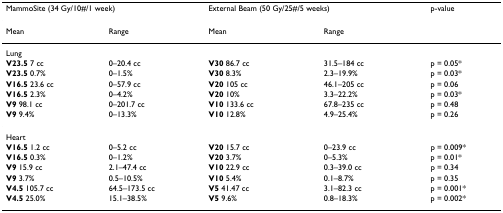
<table><thead><tr><td colspan="2"><b>MammoSite (34 Gy/10#/1 week)</b></td><td colspan="2"><b>External Beam (50 Gy/25#/5 weeks)</b></td><td><b>p-value</b></td></tr></thead><tbody><tr><td>Mean</td><td>Range</td><td>Mean</td><td>Range</td><td></td></tr><tr><td>Lung</td><td></td><td></td><td></td><td></td></tr><tr><td><b>V23.5 </b>7 cc</td><td>0–20.4 cc</td><td><b>V30 </b>86.7 cc</td><td>31.5–184 cc</td><td>p = 0.05*</td></tr><tr><td><b>V23.5 </b>0.7%</td><td>0–1.5%</td><td><b>V30 </b>8.3%</td><td>2.3–19.9%</td><td>p = 0.03*</td></tr><tr><td><b>V16.5 </b>23.6 cc</td><td>0–57.9 cc</td><td><b>V20 </b>105 cc</td><td>46.1–205 cc</td><td>p = 0.06</td></tr><tr><td><b>V16.5 </b>2.3%</td><td>0–4.2%</td><td><b>V20 </b>10%</td><td>3.3–22.2%</td><td>p = 0.03*</td></tr><tr><td><b>V9 </b>98.1 cc</td><td>0–201.7 cc</td><td><b>V10 </b>133.6 cc</td><td>67.8–235 cc</td><td>p = 0.48</td></tr><tr><td><b>V9 </b>9.4%</td><td>0–13.3%</td><td><b>V10 </b>12.8%</td><td>4.9–25.4%</td><td>p = 0.26</td></tr><tr><td>Heart</td><td></td><td></td><td></td><td></td></tr><tr><td><b>V16.5 </b>1.2 cc</td><td>0–5.2 cc</td><td><b>V20 </b>15.7 cc</td><td>0–23.9 cc</td><td>p = 0.009*</td></tr><tr><td><b>V16.5 </b>0.3%</td><td>0–1.2%</td><td><b>V20 </b>3.7%</td><td>0–5.3%</td><td>p = 0.01*</td></tr><tr><td><b>V9 </b>15.9 cc</td><td>2.1–47.4 cc</td><td><b>V10 </b>22.9 cc</td><td>0.3–39.0 cc</td><td>p = 0.34</td></tr><tr><td><b>V9 </b>3.7%</td><td>0.5–10.5%</td><td><b>V10 </b>5.4%</td><td>0.1–8.7%</td><td>p = 0.35</td></tr><tr><td><b>V4.5 </b>105.7 cc</td><td>64.5–173.5 cc</td><td><b>V5 </b>41.47 cc</td><td>3.1–82.3 cc</td><td>p = 0.001*</td></tr><tr><td><b>V4.5 </b>25.0%</td><td>15.1–38.5%</td><td><b>V5 </b>9.6%</td><td>0.8–18.3%</td><td>p = 0.002*</td></tr></tbody></table>